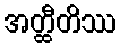
အတ္ထီတိဿ